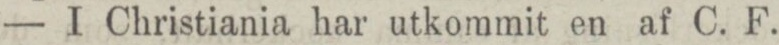
— I Christiania har utkommit en af C. F.